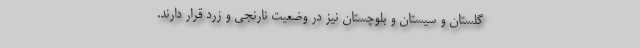
گلستان و سیستان و بلوچستان نیز در وضعیت نارنجی و زرد قرار دارند.